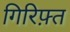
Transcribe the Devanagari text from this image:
गिरिफ़्त